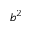
b ^ { 2 }